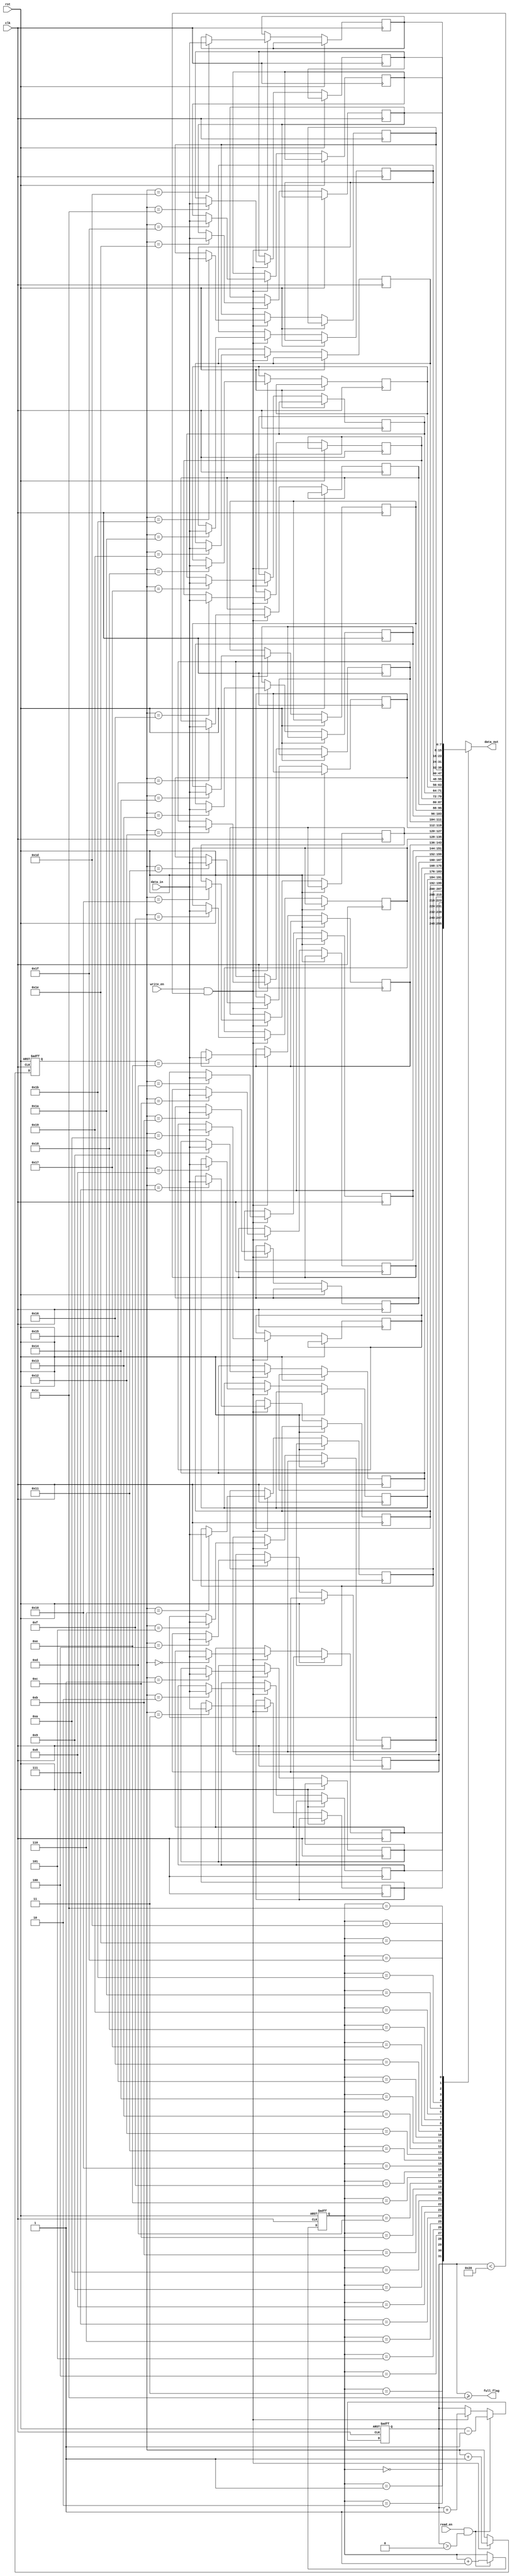
module almost_full_fifo (
    input wire clk,
    input wire rst,
    input wire [7:0] data_in,
    input wire write_en,
    input wire read_en,
    output wire [7:0] data_out,
    output wire full_flag
);

reg [7:0] buffer [0:31]; // 32-word buffer
reg [4:0] write_ptr;
reg [4:0] read_ptr;
reg [4:0] count;
wire almost_full;

assign full_flag = almost_full;
assign data_out = buffer[read_ptr];

always @(posedge clk or posedge rst) begin
    if (rst) begin
        write_ptr <= 5'b0;
        read_ptr <= 5'b0;
        count <= 5'b0;
    end else begin
        if (write_en && (count < 32)) begin
            buffer[write_ptr] <= data_in;
            write_ptr <= write_ptr + 1;
            count <= count + 1;
        end
        if (read_en && (count > 0)) begin
            read_ptr <= read_ptr + 1;
            count <= count - 1;
        end
    end
end

assign almost_full = (count >= 28);

endmodule